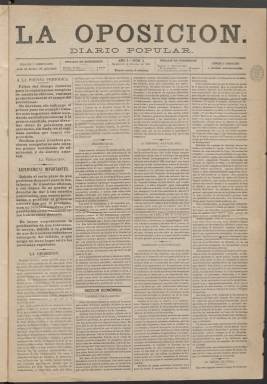
Título: La Oposición (Madrid)
Colección: Periódicos
Ámbito geográfico: Madrid
Lugar de publicación: Madrid
Fechas: 10/10/1881-16/11/1881